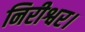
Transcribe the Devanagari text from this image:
निरीश्वर।